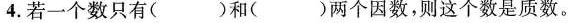
4.若一个数只有( )和( )两个因数，则这个数是质数。